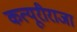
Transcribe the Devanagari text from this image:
कत्यूरीराजा